Junior Leaving Certificate, 1939
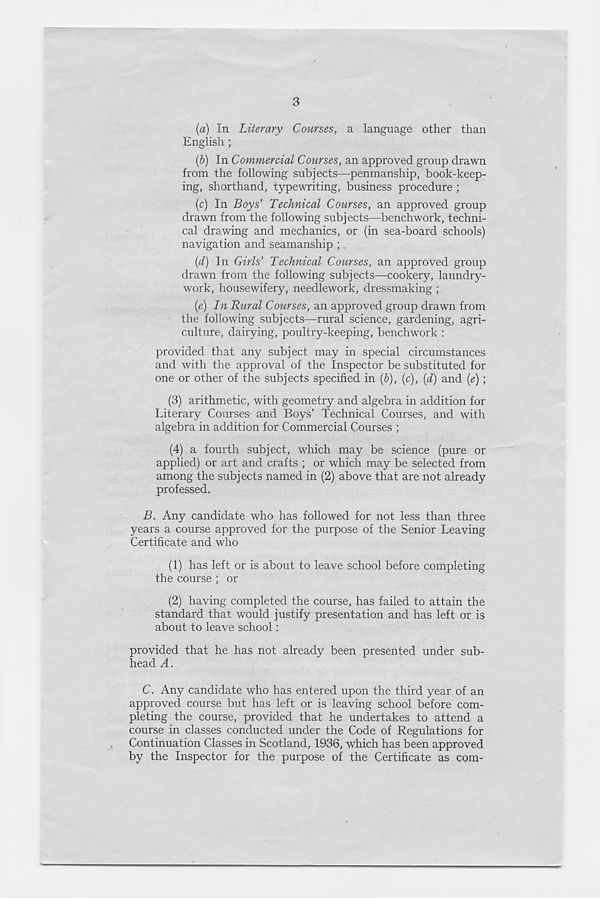
3
(a) In Literary Courses, a language other than
English ;
(b) In Commercial Courses, an approved group drawn
from the following subjects—penmanship, book-keep-
ing, shorthand, typewriting, business procedure ;
(c) In Boys’ Technical Courses, an approved group
drawn from the following subjects—benchwork, techni-
cal drawing and mechanics, or (in sea-board schools)
navigation and seamanship ;
(d) In Girls’ Technical Courses, an approved group
drawn from the following subjects—cookery, laundry-
work, housewifery, needlework, dressmaking ;
{e) In Rural Courses, an approved group drawn from
the following subjects—rural science, gardening, agri-
culture, dairying, poultry-keeping, benchwork :
provided that any subject may in special circumstances
and with the approval of the Inspector be substituted for
one or other of the subjects specified in (b), (c), (d) and (e);
(3) arithmetic, with geometry and algebra in addition for
Literary Courses and Boys’ Technical Courses, and with
algebra in addition for Commercial Courses ;
(4) a fourth subject, which may be science (pure or
applied) or art and crafts ; or which may be selected from
among the subjects named in (2) above that are not already
professed.
B. Any candidate who has followed for not less than three
years a course approved for the purpose of the Senior Leaving
Certificate and who
(1) has left or is about to leave school before completing
the course ; or
(2) having completed the course, has failed to attain the
standard that would justify presentation and has left or is
about to leave school:
provided that he has not already been presented under sub-
head A.
C. Any candidate who has entered upon the third year of an
approved course but has left or is leaving school before com-
pleting the course, provided that he undertakes to attend a
course in classes conducted under the Code of Regulations for
Continuation Classes in Scotland, 1936, which has been approved
by the Inspector for the purpose of the Certificate as com-